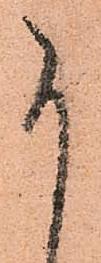
尚